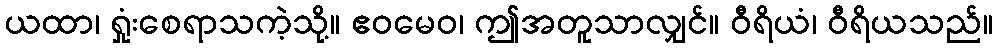
ယထာ၊ ရှုံးစေရာသကဲ့သို့။ ဧဝမေဝ၊ ဤအတူသာလျှင်။ ဝီရိယံ၊ ဝီရိယသည်။